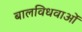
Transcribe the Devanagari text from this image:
बालविधवाओं